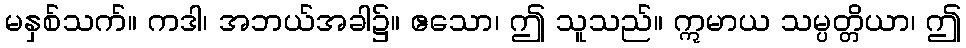
မနှစ်သက်။ ကဒါ၊ အဘယ်အခါ၌။ ဧသော၊ ဤ သူသည်။ ဣမာယ သမ္ပတ္တိယာ၊ ဤ